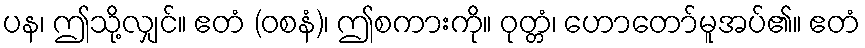
ပန၊ ဤသို့လျှင်။ ဧတံ (ဝစနံ)၊ ဤစကားကို။ ဝုတ္တံ၊ ဟောတော်မူအပ်၏။ ဧတံ